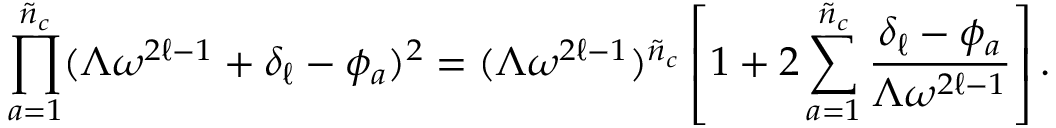
\prod _ { a = 1 } ^ { \tilde { n } _ { c } } ( \Lambda \omega ^ { 2 \ell - 1 } + \delta _ { \ell } - \phi _ { a } ) ^ { 2 } = ( \Lambda \omega ^ { 2 \ell - 1 } ) ^ { \tilde { n } _ { c } } \left[ 1 + 2 \sum _ { a = 1 } ^ { \tilde { n } _ { c } } \frac { \delta _ { \ell } - \phi _ { a } } { \Lambda \omega ^ { 2 \ell - 1 } } \right] .